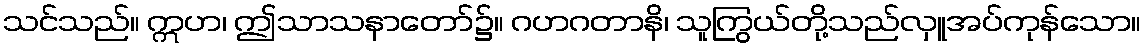
သင်သည်။ ဣဟ၊ ဤသာသနာတော်၌။ ဂဟဂတာနိ၊ သူကြွယ်တို့သည်လှူအပ်ကုန်သော။